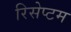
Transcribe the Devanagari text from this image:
रिसेप्टम